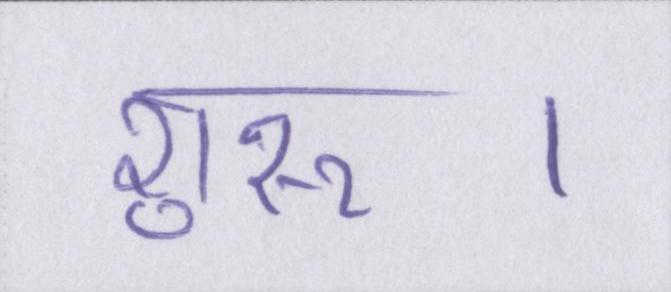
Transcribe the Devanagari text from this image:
शुरू।